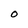
Character: O